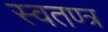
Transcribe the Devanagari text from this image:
स्वतण्त्र